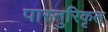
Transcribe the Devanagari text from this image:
पास्तुरिकृत